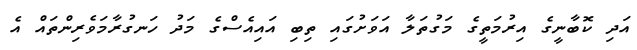
އަދި ކޮބާނީގެ އިރުމަތީގެ މަގުތަލާ އަވަށުގައި ތިބި އައިއެސްގެ މަދު ހަނގުރާމަވެރިންތައް އެ